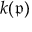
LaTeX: k ( { \mathfrak { p } } )